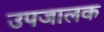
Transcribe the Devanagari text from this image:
उपजालक